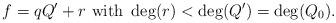
LaTeX: \begin{align*}f=qQ'+r\mbox{ with }\deg(r)<\deg(Q')=\deg(Q_0).\end{align*}